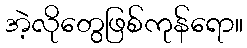
အဲ့လိုတွေဖြစ်ကုန်ရော။